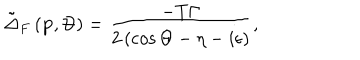
\tilde { \Delta } _ { F } \left( \mathbf { p } , \Theta \right) = \frac { - T \Gamma } { 2 \left( \cos \Theta - \eta - i \epsilon \right) } ,